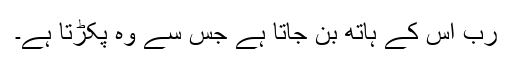
رب اُس کے ہاتھ بن جاتا ہے جس سے وہ پکڑتا ہے۔